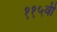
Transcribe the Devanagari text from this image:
११५वी